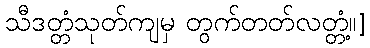
သီဒတ္တံသုတ်ကျမှ တွက်တတ်လတ္တံ့။]